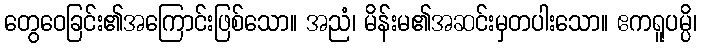
တွေဝေခြင်း၏အကြောင်းဖြစ်သော။ အညံ၊ မိန်းမ၏အဆင်းမှတပါးသော။ ဧကရူပမ္ပိ၊